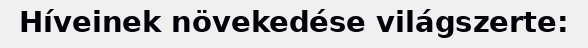
Híveinek növekedése világszerte: